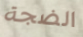
الضجة